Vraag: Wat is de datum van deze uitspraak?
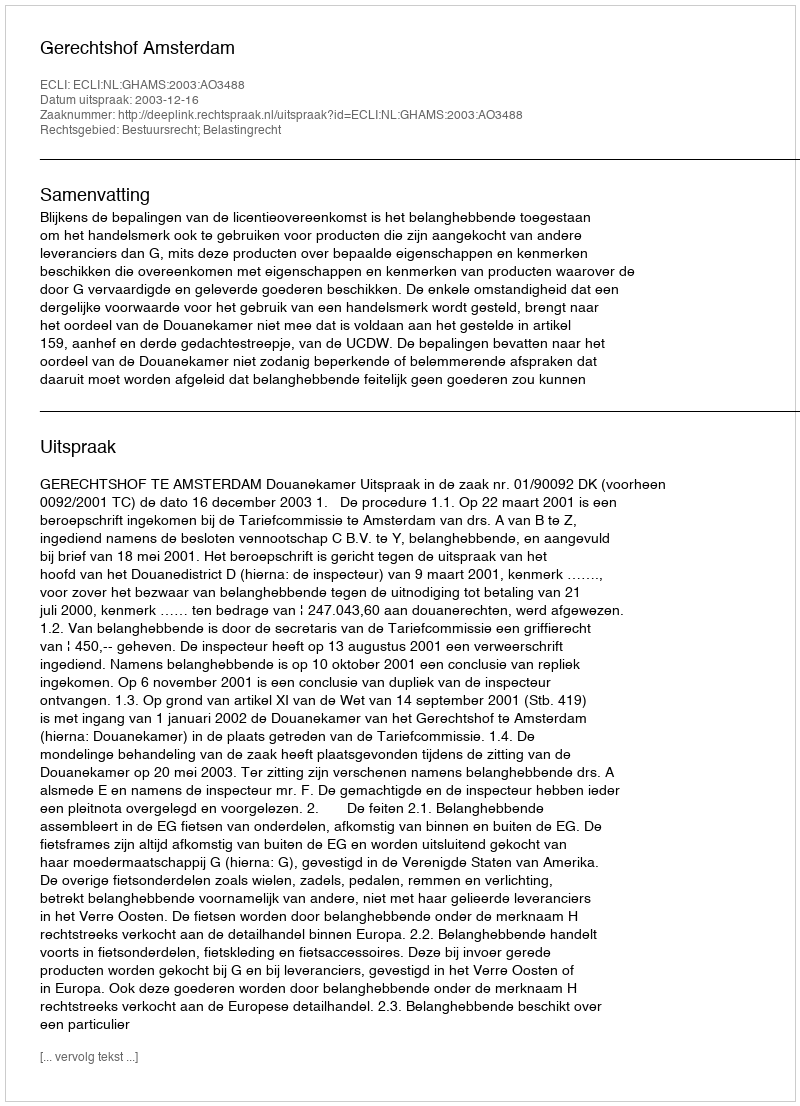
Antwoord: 2003-12-16